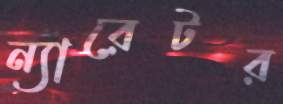
ন্যারেটর